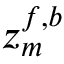
z _ { m } ^ { f , b }